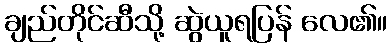
ချည်တိုင်ဆီသို့ ဆွဲယူရပြန် လေ၏။